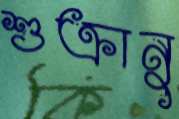
শুক্রানু